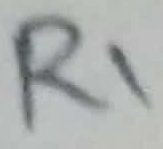
Text: R1